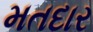
મતદાર